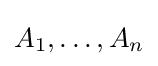
A_{1},\dotsc ,A_{n}